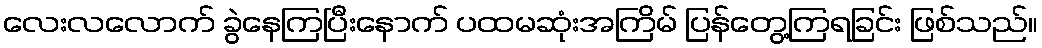
လေးလလောက် ခွဲနေကြပြီးနောက် ပထမဆုံးအကြိမ် ပြန်တွေ့ကြရခြင်း ဖြစ်သည်။